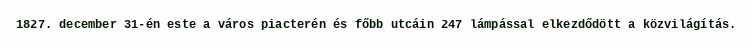
1827. december 31-én este a város piacterén és főbb utcáin 247 lámpással elkezdődött a közvilágítás.